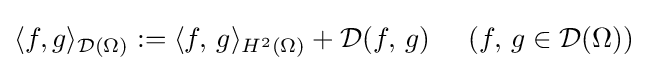
\langle f,g\rangle _{{\mathcal {D}}(\Omega )}:=\langle f,\,g\rangle _{H^{2}(\Omega )}+{\mathcal {D}}(f,\,g)\;\;\;\;\;(f,\,g\in {\mathcal {D}}(\Omega ))